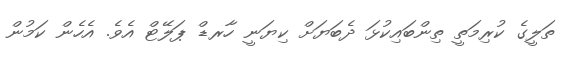
ތަލީގެ ކުރިމަތީ ތިންބައިކުޅަ ދެބަޔަށް ކިޔަނީ ހާރޑް ޕަލޭޓް އެވެ. އެހެން ކަމުން